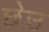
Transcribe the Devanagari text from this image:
छेउ